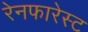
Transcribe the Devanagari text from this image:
रेनफारेस्ट